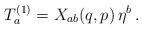
LaTeX: \begin{align*}T_a^{(1)}=X_{ab}(q,p)\,\eta^b\,.\end{align*}